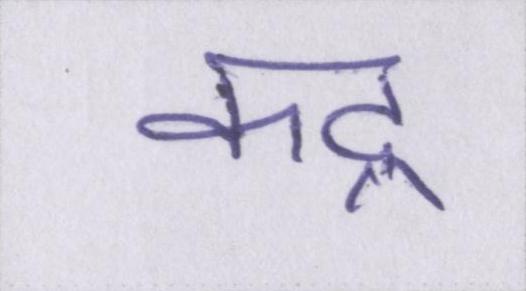
कद्र